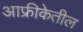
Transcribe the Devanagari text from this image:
आफ्रीकेतील